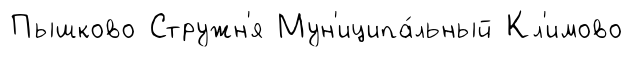
Пышково Стружн'я Мун'иципа́льный Кл'имово